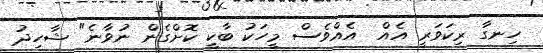
ހިނގާ ރިކަވަރީ އެއް  އެއްވެސް މީހަކު ބާކީ ކޮށްގެން ނުވާނެ" ޝާހިދު